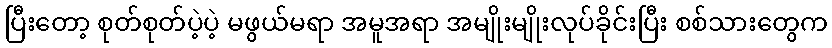
ပြီးတော့ စုတ်စုတ်ပဲ့ပဲ့ မဖွယ်မရာ အမူအရာ အမျိုးမျိုးလုပ်ခိုင်းပြီး စစ်သားတွေက